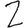
Digit: 2